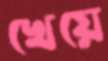
খেয়ে